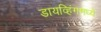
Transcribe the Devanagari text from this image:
डायव्हिंगमध्ये